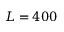
L = 4 0 0